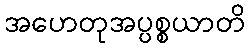
အဟေတုအပ္ပစ္စယာတိ